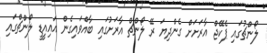
ލޯންޗުގައި ޕެކޭޖް އާރަށަށް ގެންދިޔަ ރޭ ލޯންޗް އާރަށުގައި ބާއްވައިގެން އައިއީޑީ ލޯންޗްގައި